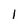
Character: l